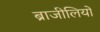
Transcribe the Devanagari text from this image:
ब्राजीलियों